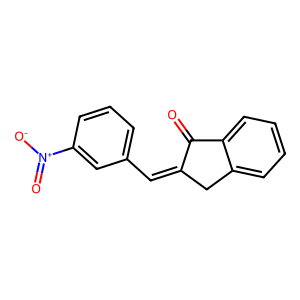
SMILES: O=C1C(=Cc2cccc([N+](=O)[O-])c2)Cc2ccccc21
Inhibits HIV replication: No